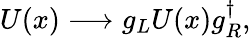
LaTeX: U(x)\longrightarrow g_{L}U(x)g_{R}^{\dagger},